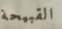
القبيحة